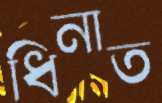
ধিনাত